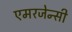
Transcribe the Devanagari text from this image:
एमरजेन्सी